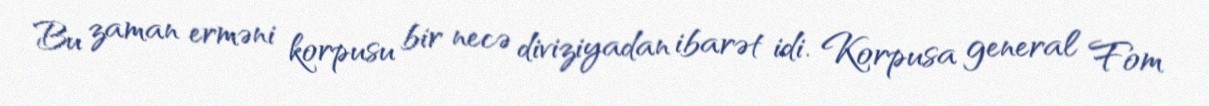
Bu zaman erməni korpusu bir necə diviziyadan ibarət idi. Korpusa general Fom